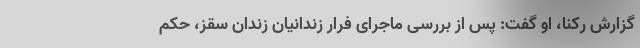
گزارش رکنا، او گفت: پس از بررسی ماجرای فرار زندانیان زندان سقز، حکم